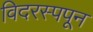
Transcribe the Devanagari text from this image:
विदरस्पपून